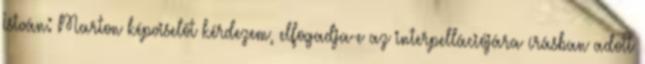
István: Marton képviselőt kérdezem, elfogadja-e az interpellációjára írásban adott